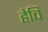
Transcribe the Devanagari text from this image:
हेचि